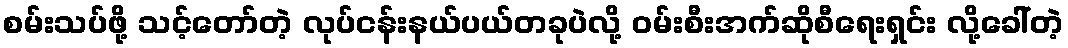
စမ်းသပ်ဖို့ သင့်တော်တဲ့ လုပ်ငန်းနယ်ပယ်တခုပဲလို့ ဝမ်းစီးအက်ဆိုစီရေးရှင်း လို့ခေါ်တဲ့